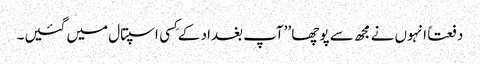
دفعتاً انہوں نے مجھ سے پوچھا ’’آپ بغداد کے کِسی اسپتال میں گئیں۔